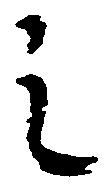
之